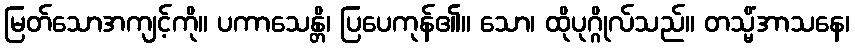
မြတ်သောအကျင့်ကို။ ပကာသေန္တိ၊ ပြပေကုန်၏။ သော၊ ထိုပုဂ္ဂိုလ်သည်။ တသ္မိံအာသနေ၊